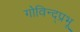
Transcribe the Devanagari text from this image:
गोविन्द्प्रभू